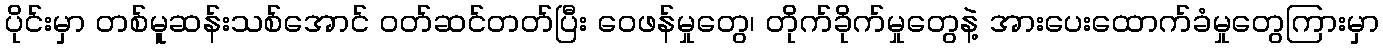
ပိုင်းမှာ တစ်မူဆန်းသစ်အောင် ဝတ်ဆင်တတ်ပြီး ဝေဖန်မှုတွေ၊ တိုက်ခိုက်မှုတွေနဲ့ အားပေးထောက်ခံမှုတွေကြားမှာ